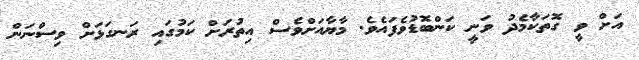
އަށް ވީ ގޮތަކާމެދު ވަނީ ކަންބޮޑުވެފައެވެ. މާޔާއަށްވެސް އިތުރަށް ކަމުގައި ރަނގަޅަށް ވިސްނަން